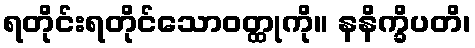
ရတိုင်းရတိုင်သောဝတ္ထုကို။ နနိက္ခိပတိ၊